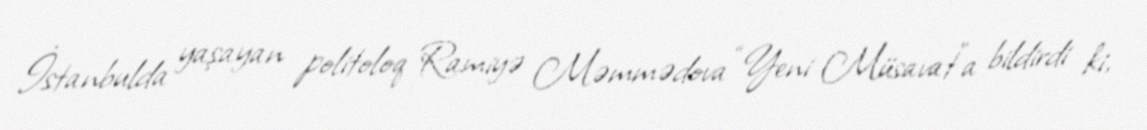
İstanbulda yaşayan politoloq Ramiyə Məmmədova “Yeni Müsavat”a bildirdi ki,